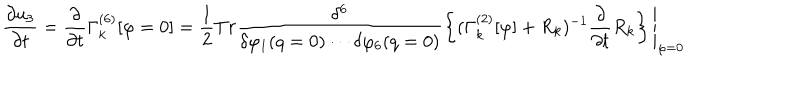
LaTeX: \frac { \partial { u _ { 3 } } } { \partial { t } } = \frac { \partial } { \partial { t } } \Gamma _ { k } ^ { ( 6 ) } [ \varphi = 0 ] = \frac { 1 } { 2 } { T } { r } \frac { \delta ^ { 6 } } { \delta \varphi _ { 1 } ( q = 0 ) \cdots \delta \varphi _ { 6 } ( q = 0 ) } \left\{ ( \Gamma _ { k } ^ { ( 2 ) } [ \varphi ] + { R } _ { k } ) ^ { - 1 } \frac { \partial } { \partial { t } } { R } _ { k } \right\} \Bigg \vert _ { \varphi = 0 }